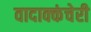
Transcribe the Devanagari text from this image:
वादाक्कंचेरी